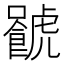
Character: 𧈐